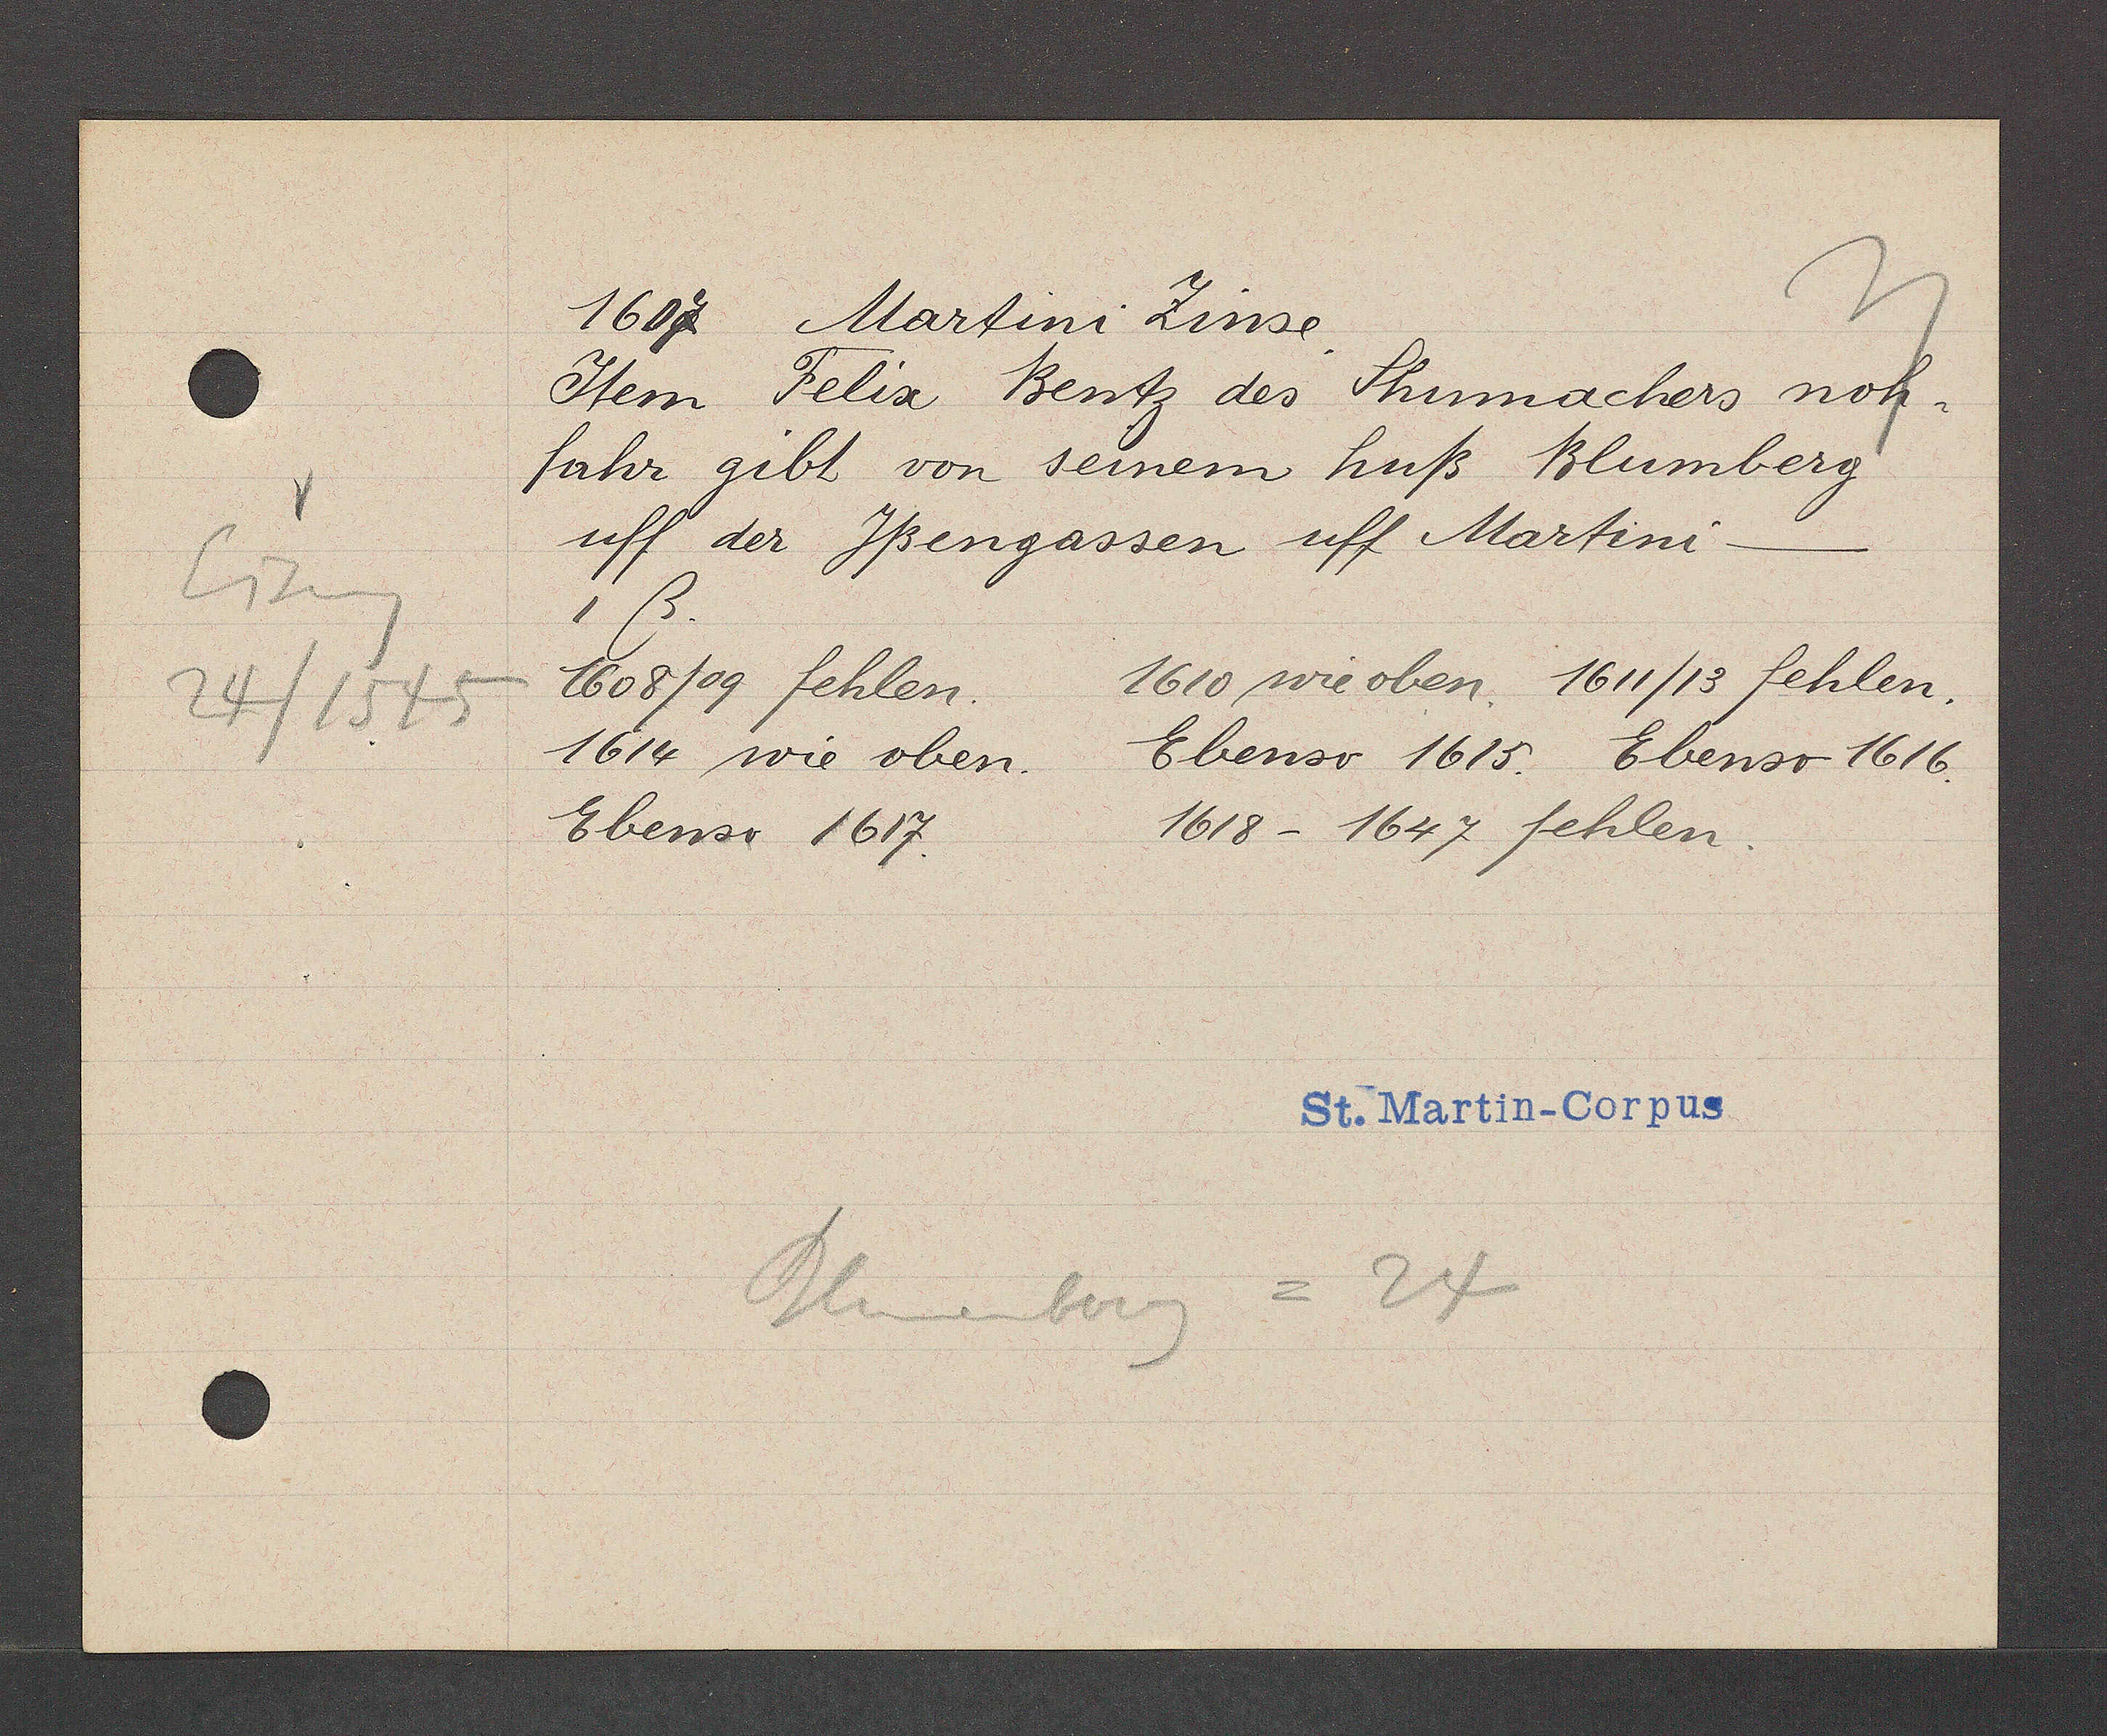
Transcript:
Eiseng
24/1545

1607 Martini Zinse.
Jtem Felix Bentz des Shumachers noh-
fahr gibt von seinem huß Blumberg
uff der Jßengassen uff Martini
1 ß.
1610 wie oben. 1611/13 fehlen.
1608/09 fehlen.
1614 wie oben. Ebenso 1615. Ebenso 1616.
1618 - 1647 fehlen.
Ebenso 1617.
Bleuemenberg = 24